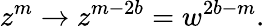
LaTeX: z^{m}\rightarrow z^{m-2b}=w^{2b-m}.